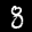
Digit: 8